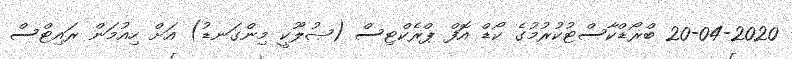
20-04-2020 ބްރޯޑްކާސްޓުކުރުމުގެ ކޯޑް އޮފް ޕްރެކްޓިސް (ޞުލޫކީ މިންގަނޑު) އަށް ހިއުމަން ރައިޓްސް